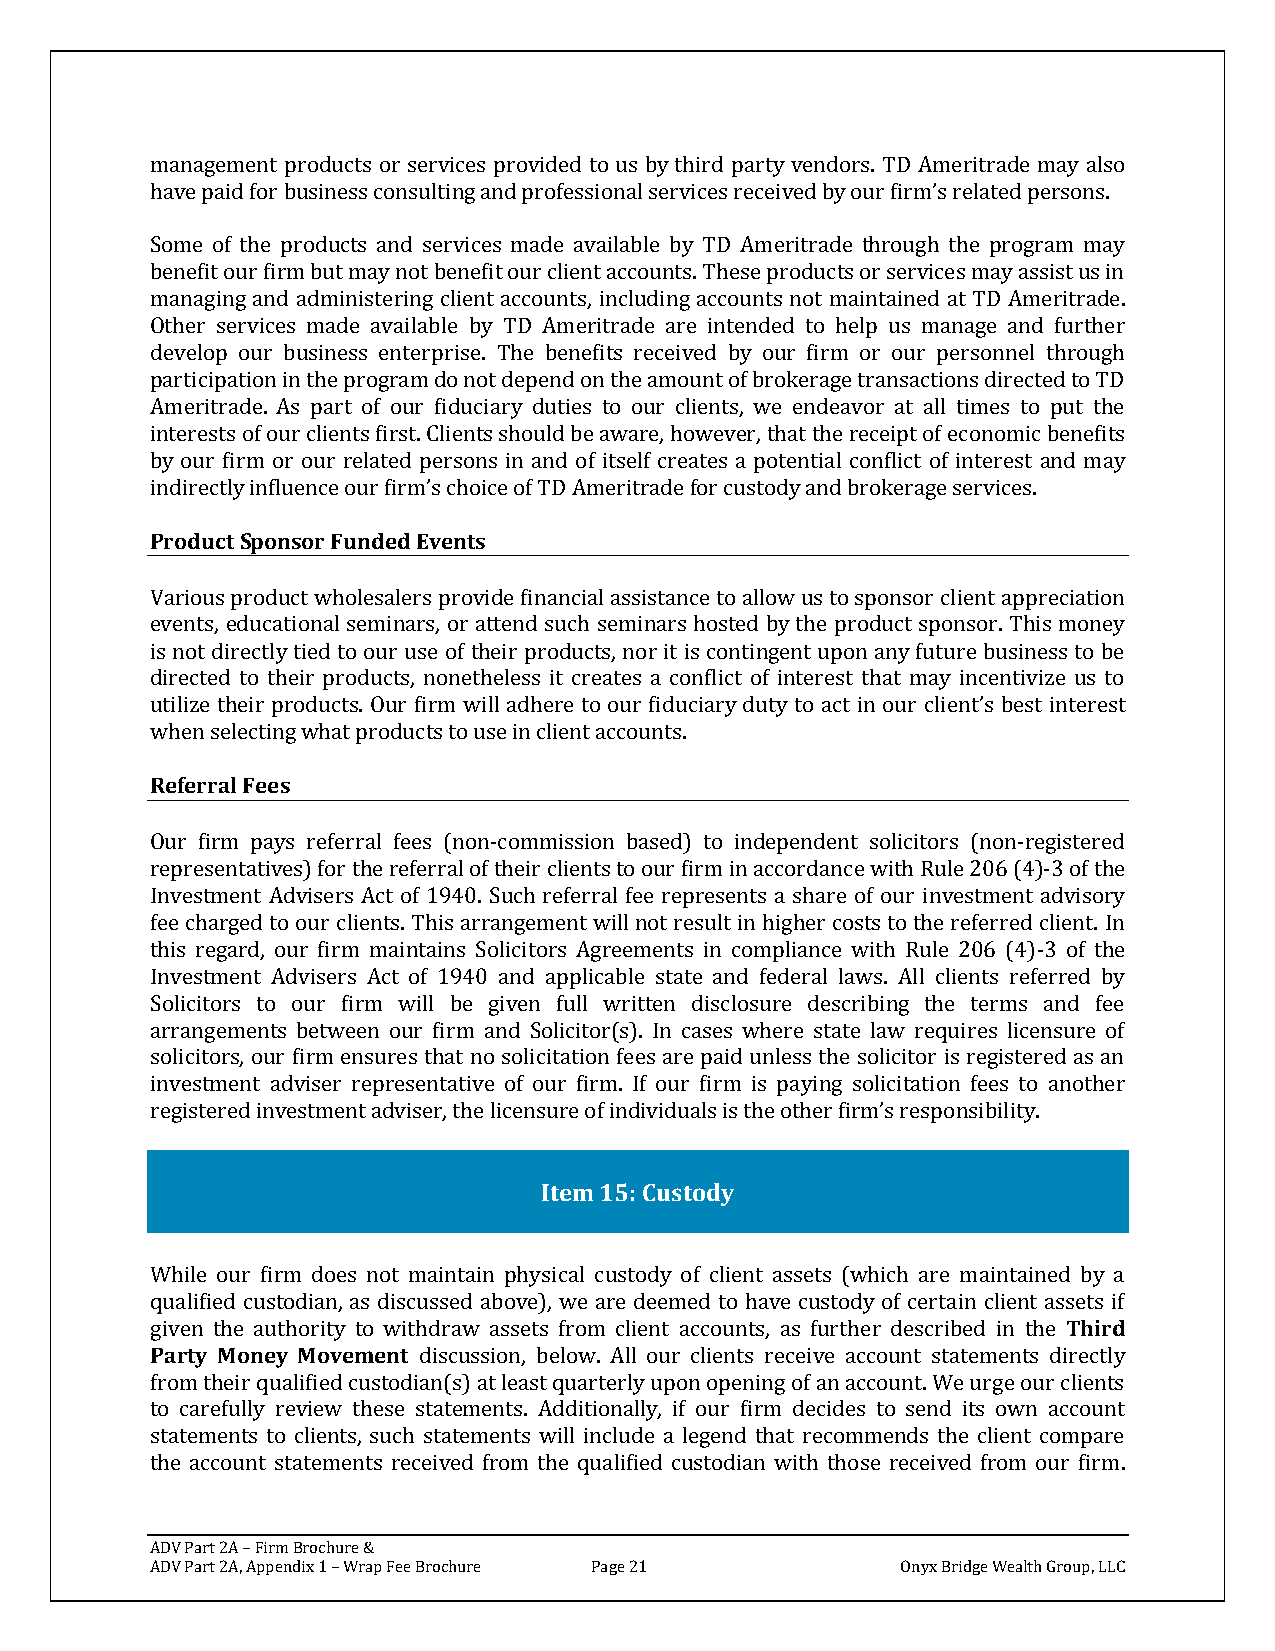
management products or services provided to us by third party vendors. TD Ameritrade may also
 have paid for business consulting and professional services received by our firm’s related persons.
 Some of the products and services made available by TD Ameritrade through the program may
 benefit our firm but may not benefit our client accounts. These products or services may assist us in
 managing and administering client accounts, including accounts not maintained at TD Ameritrade.
 Other services made available by TD Ameritrade are intended to help us manage and further
 develop our business enterprise. The benefits received by our firm or our personnel through
 participation in the program do not depend on the amount of brokerage transactions directed to TD
 Ameritrade. As part of our fiduciary duties to our clients, we endeavor at all times to put the
 interests of our clients first. Clients should be aware, however, that the receipt of economic benefits
 by our firm or our related persons in and of itself creates a potential conflict of interest and may
 indirectly influence our firm’s choice of TD Ameritrade for custody and brokerage services.
 Product Sponsor Funded Events
 Various product wholesalers provide financial assistance to allow us to sponsor client appreciation
 events, educational seminars, or attend such seminars hosted by the product sponsor. This money
 is not directly tied to our use of their products, nor it is contingent upon any future business to be
 directed to their products, nonetheless it creates a conflict of interest that may incentivize us to
 utilize their products. Our firm will adhere to our fiduciary duty to act in our client’s best interest
 when selecting what products to use in client accounts.
 Referral Fees
 Our firm pays referral fees (non-commission based) to independent solicitors (non-registered
 representatives) for the referral of their clients to our firm in accordance with Rule 206 (4)-3 of the
 Investment Advisers Act of 1940. Such referral fee represents a share of our investment advisory
 fee charged to our clients. This arrangement will not result in higher costs to the referred client. In
 this regard, our firm maintains Solicitors Agreements in compliance with Rule 206 (4)-3 of the
 Investment Advisers Act of 1940 and applicable state and federal laws. All clients referred by
 Solicitors to our firm will be given full written disclosure describing the terms and fee
 arrangements between our firm and Solicitor(s). In cases where state law requires licensure of
 solicitors, our firm ensures that no solicitation fees are paid unless the solicitor is registered as an
 investment adviser representative of our firm. If our firm is paying solicitation fees to another
 registered investment adviser, the licensure of individuals is the other firm’s responsibility.
 Item 15: Custody
 While our firm does not maintain physical custody of client assets (which are maintained by a
 qualified custodian, as discussed above), we are deemed to have custody of certain client assets if
 given the authority to withdraw assets from client accounts, as further described in the Third
 Party Money Movement discussion, below. All our clients receive account statements directly
 from their qualified custodian(s) at least quarterly upon opening of an account. We urge our clients
 to carefully review these statements. Additionally, if our firm decides to send its own account
 statements to clients, such statements will include a legend that recommends the client compare
 the account statements received from the qualified custodian with those received from our firm.
 ADV Part 2A – Firm Brochure &
 ADV Part 2A, Appendix 1 – Wrap Fee Brochure Page 21 Onyx Bridge Wealth Group, LLC